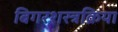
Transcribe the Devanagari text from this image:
बिगरशस्त्रक्रिया